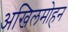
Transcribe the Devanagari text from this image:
अखिलमोहन